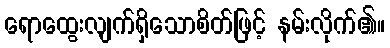
ရောထွေးလျက်ရှိသောစိတ်ဖြင့် နမ်းလိုက်၏။